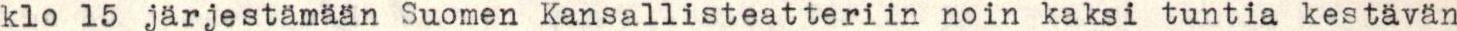
klo 15 järjestämään Suomen Kansallisteatteriin noin kaksi tuntia kestävän